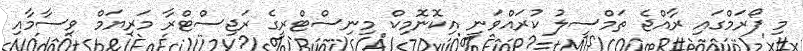
މި ފޯރަމްގައި ރާއްޖެ ތަމްސީލު ކުރައްވަނީ އިކޮނޮމިކް މިނިސްޓްރީގެ ރަޖިސްޓްރާ މަރިޔަމް ވިސާމާއި